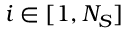
i \in [ 1 , N _ { S } ]